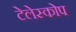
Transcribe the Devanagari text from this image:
टेलेस्कोप